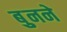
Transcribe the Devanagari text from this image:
बुुनने